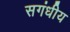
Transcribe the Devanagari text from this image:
सगंधीय